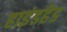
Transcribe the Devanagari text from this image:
हाइंडहेड